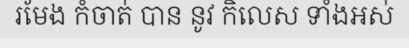
រមែង កំចាត់ បាន នូវ កិលេស ទាំងអស់